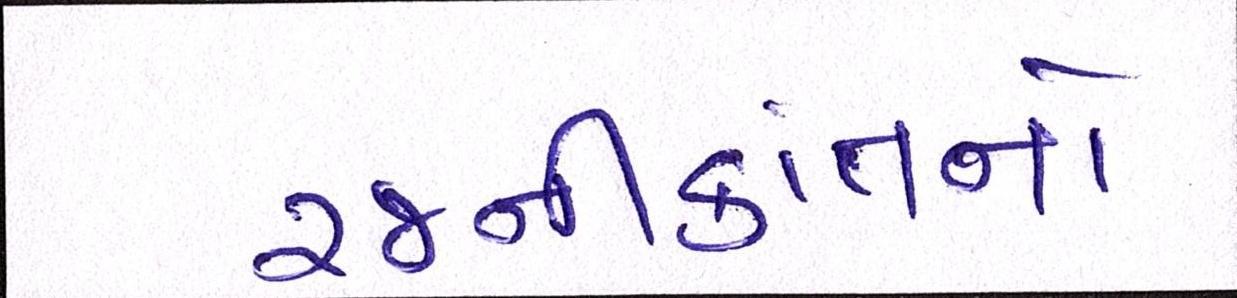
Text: રજનીકાંતનો